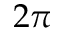
2 \pi